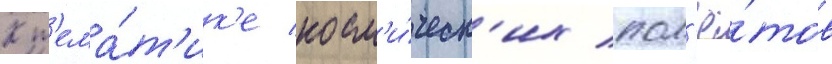
К т'ема́т'ик'е косм'и́ческ'их пол'ё́тов